Annual report on the mental hospital in the Central Provinces and Berar (Nagpur) - 1927-1951
Year: 1927
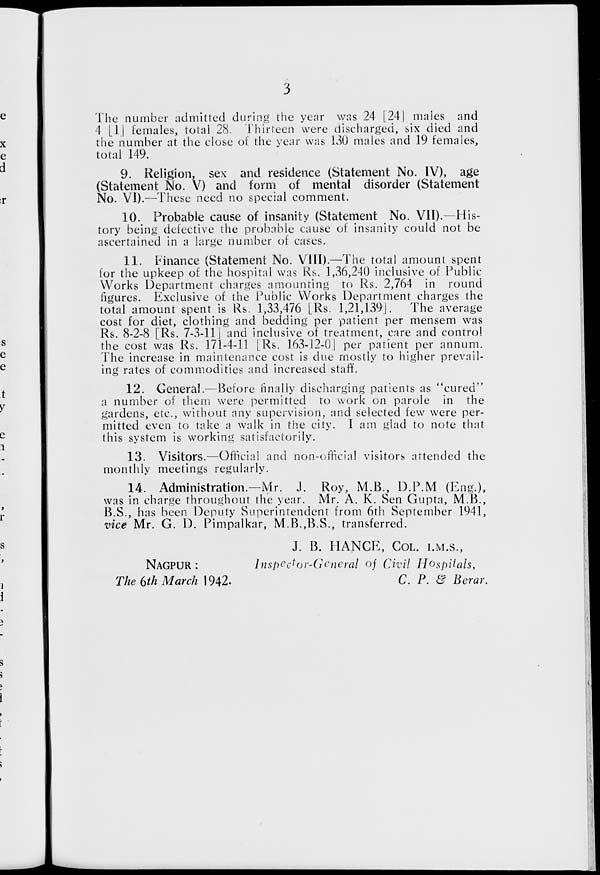
The number admitted during the year was 24 [241 males and
4 [1.1 females, total 28. Thirteen were discharged, six died and
the number at the close of the year was 130 males and 19 females,
total 149.
9. Religion, sex and residence (Statement No. IV), age
(Statement No. V) and form of mental disorder (Statement
No. VI).—These need no special comment.
10. Probable cause of insanity (Statement No. VII).—His-
tory being defective the probable cause of insanity could not be
ascertained in a large number of cases.
11. Finance (Statement No. VIII).—The total amount spent
for the upkeep of the hospital was Rs. 1,36,240 inclusive of Public
Works Department charges amounting to Rs. 2,764 in round
figures. Exclusive of the Public Works Department charges the
total amount spent is Rs. 1,33,476 LRs. 1,21,139J.
The average
cost for diet, clothing and bedding per patient per mensem was
Rs. 8-2-8 [Rs. 7-3-11 j and inclusive of treatment, care and control
the cost was Rs. 171-4-11 [Rs. 163-12-01 per patient per annum.
The increase in maintenance cost is due mostly to higher prevail-
ing rates of commodities and increased staff.
12. General.—Before finally discharging patients as "cured"
a number of them were permitted to work on parole in the
gardens, etc., without any supervision, and selected few were per-
mitted even to take a walk in the city. I am glad to note thut
this system is working satisfactorily.
13. Visitors.—Official and non-official visitors attended the
monthly meetings regularly.
14. Administration.—Mr. J. Roy, M.B., D.P.M (Eng.),
was in charge throughout the year. Mr. A. K. Sen Gupta, M.B.,
B.S., has been Deputy Superintendent from 6th September 1941,
vice Mr. G. D. Pimpalkar, M.B.,B.S., transferred.
NAGPUR :
The 6th March 1942.
J. B. HANCR, COL. I.M.S.,
Inspector-Gene m l of Civil Hospitals,
C. P. & Berar